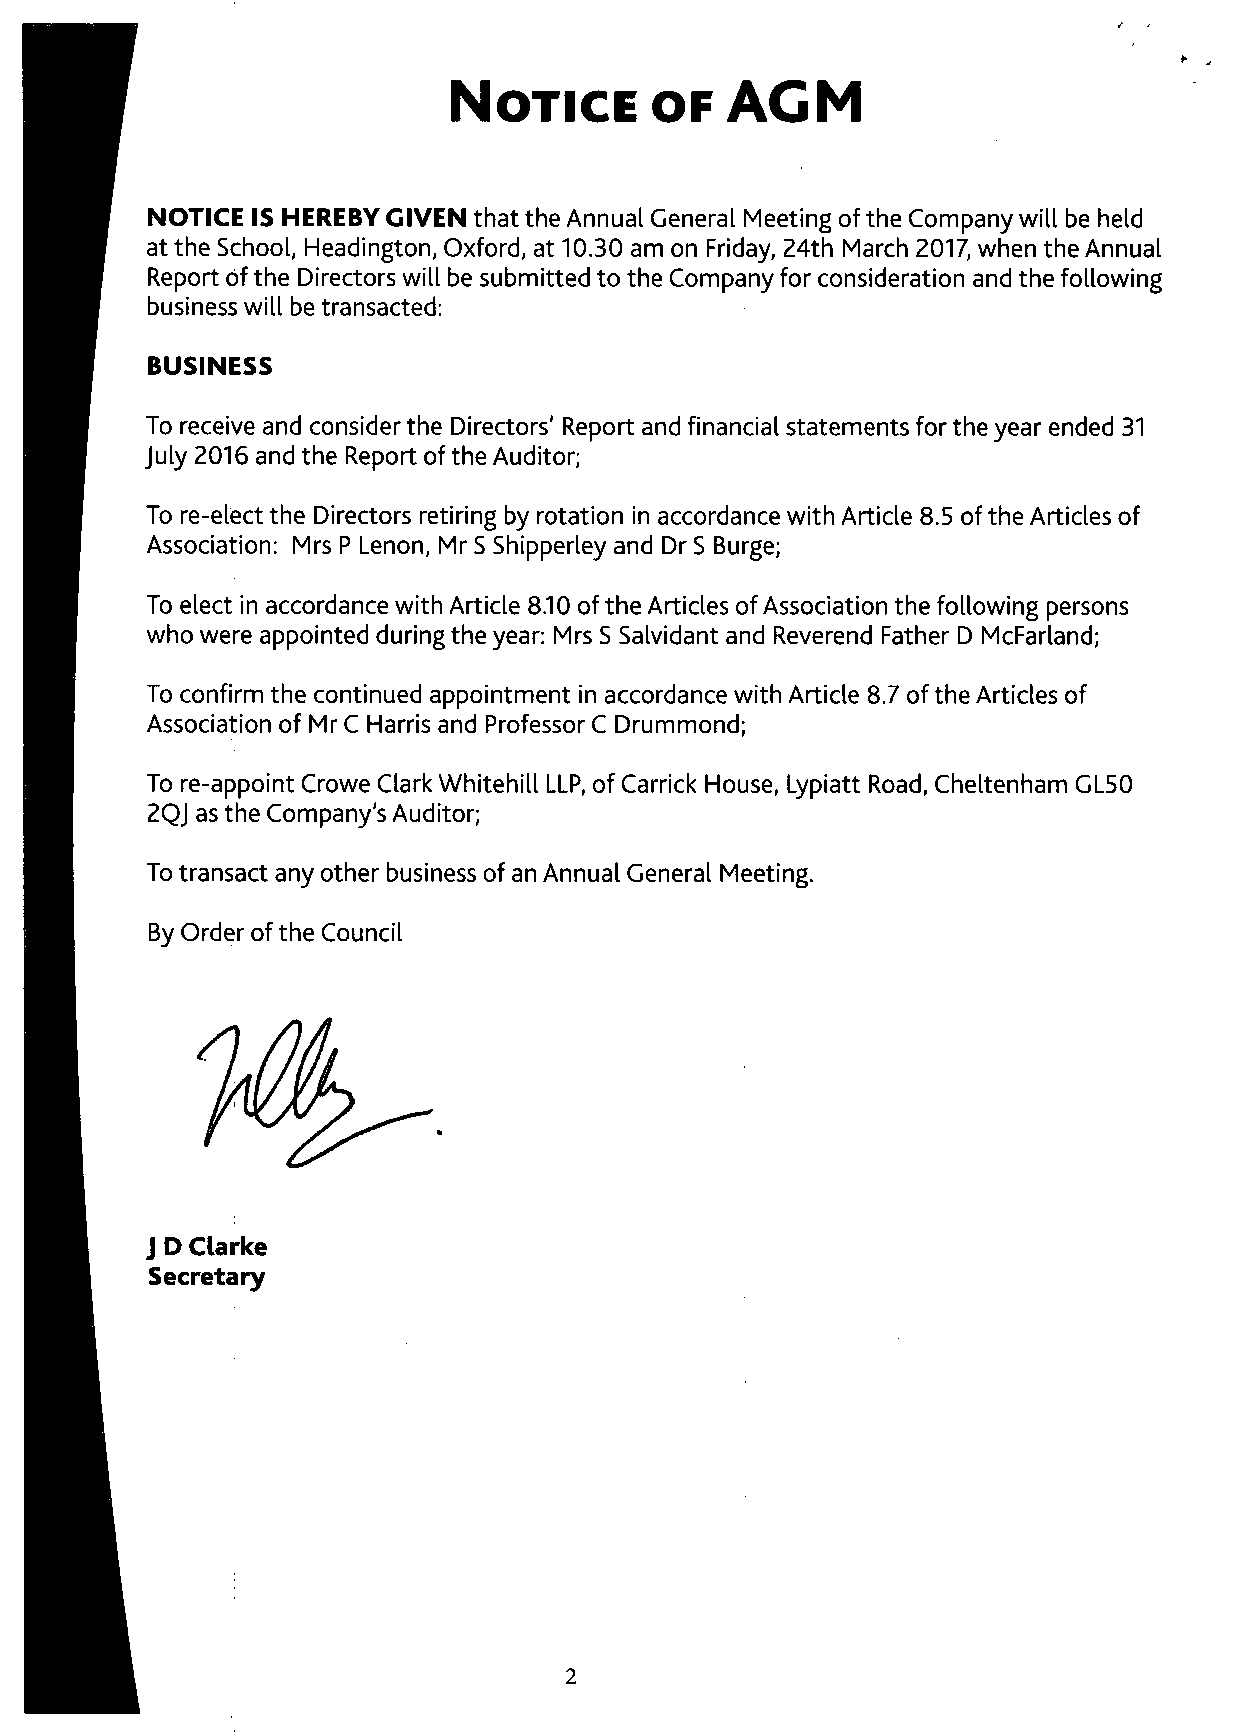
NOTICEOF            ACM
 NOTICE IS HEREBY GIVEN that the Annual General Meeting of the Company will be held
 at the School, Headington, Oxford, at 10.30 am on Friday, 24th March 2017, when the Annual
 Report bf the Directors will be submitted to the Company for consideration and the following
 business will be transacted:
 BUSINESS
 To receive and considerthe Directors' Report and financial statements for theyear ended 31
 July 2016 and the Report of the Auditor;
 To re-elect the Directors retiring by rotation in accordance with Article 8.5 ofthe Articles of
 Association: Mrs P Lenon, Mr S Shipperley and Dr S Burge;
 To elect in accordance with Article 8.10 of the Articles of Association the following persons
 who were appointed during the year: Mrs S Salvidant and Reverend Father D McFarland;
 To confirm the continued appointment in accordance with Article 8.7 of the Articles of
 Association of Mr C Harris and Professor C Drummond;
 To re-appoint Crowe Clark Whitehill LLP, of Carrick House, Lypiatt Road, Cheltenham GL50
 2QJ as the Company's Auditor;
 To transact any other business of an Annual General Meeting.
 By Order of the Council
 J D Clarke
 Secretary